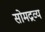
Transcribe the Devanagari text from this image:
सोमद्रव्य